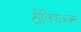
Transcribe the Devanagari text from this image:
टौलिपोअक्स